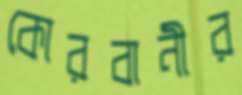
কোরবানীর